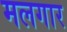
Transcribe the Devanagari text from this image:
मलगार